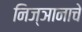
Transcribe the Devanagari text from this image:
निज्ञानाचे